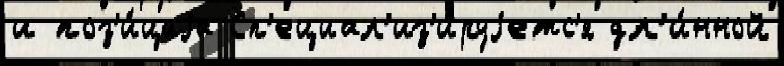
и поз'и́циjа Сп'ециал'из'и́руjетс'я дл'и́нной